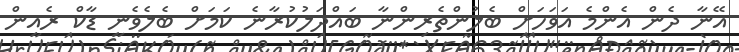
އޭނާ ދެން އެންމެ އަވަހަށް ބެލުންތެރިންނާ ބައްދަލުކުރާނެ ކަމަށް ބެލެވެނީ ޑާކް ރެއިން